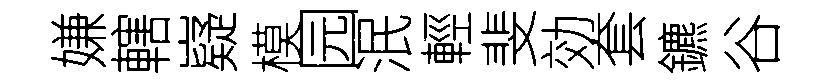
嫌轄嶷模园泯輕斐効套鑣谷